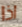
اذا